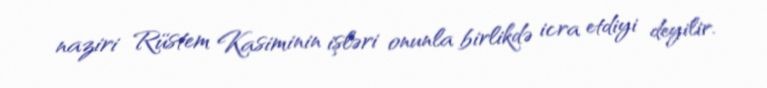
naziri Rüstem Kasiminin işləri onunla birlikdə icra etdiyi deyilir.